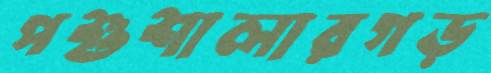
পশুশালারগড়